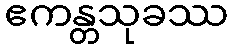
ဧကန္တသုခဿ